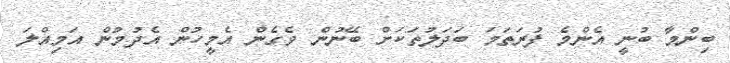
ބިންމާ ބުނީ އެންމެ ފުރަތަމަ ބަދަލުތަކަށް ބޭނުން ވެގެން އެމީހުން އެދުމުން އަމިއްލަ